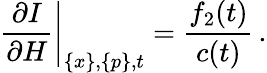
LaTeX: \left.\frac{\partial I}{\partial H}\right|_{\{ x\} ,\{ p\} ,t}=\frac{f_{2}(t)}{c(t)}\, .